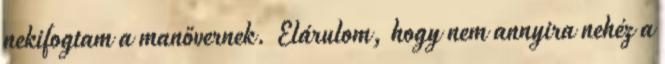
nekifogtam a manővernek. Elárulom, hogy nem annyira nehéz a